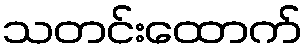
သတင်းထောက်